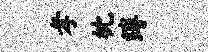
孝枕缚